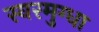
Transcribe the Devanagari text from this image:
स्वरमुग्धा